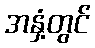
အနှံ့တွင်